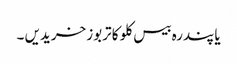
یا پندرہ بیس کلو کا تربوز خریدیں ۔